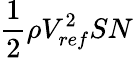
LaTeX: \frac{1}{2}\rho V_{ref}^{2}SN